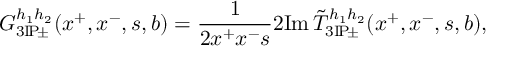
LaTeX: G _ { 3 \mathrm { I } \! \mathrm { P } \! \pm } ^ { h _ { 1 } h _ { 2 } } ( x ^ { + } , x ^ { - } , s , b ) = \frac { 1 } { 2 x ^ { + } x ^ { - } s } 2 \mathrm { I m } \, \tilde { T } _ { 3 \mathrm { I } \! \mathrm { P } \! \pm } ^ { h _ { 1 } h _ { 2 } } ( x ^ { + } , x ^ { - } , s , b ) ,